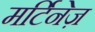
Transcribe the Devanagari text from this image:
मर्टिनेज़